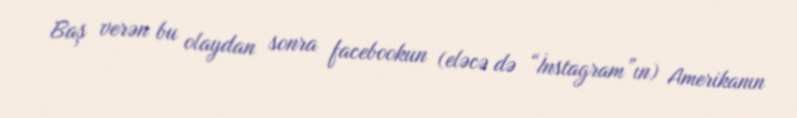
Baş verən bu olaydan sonra facebookun (eləcə də “İnstagram”ın) Amerikanın